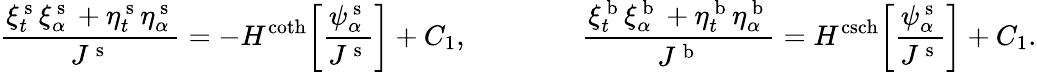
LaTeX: \frac{\xi_{t}^{\mathrm{~s~}}\xi_{\alpha}^{\mathrm{~s~}}+\eta_{t}^{\mathrm{~s~}}\eta_{\alpha}^{\mathrm{~s~}}}{J^{\mathrm{~s~}}}=-H^{\coth}\bigg[\frac{\psi_{\alpha}^{\mathrm{~s~}}}{J^{\mathrm{~s~}}}\bigg]+C_{1},\qquad\qquad\frac{\xi_{t}^{\mathrm{~b~}}\xi_{\alpha}^{\mathrm{~b~}}+\eta_{t}^{\mathrm{~b~}}\eta_{\alpha}^{\mathrm{~b~}}}{J^{\mathrm{~b~}}}=H^{\operatorname{csch}}\bigg[\frac{\psi_{\alpha}^{\mathrm{~s~}}}{J^{\mathrm{~s~}}}\bigg]+C_{1}.